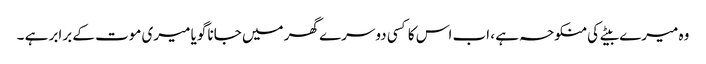
وہ میرے بیٹے کی منکوحہ ہے ، اب اس کا کسی دوسرے گھر میں جانا گویا میری موت کے برابر ہے ۔